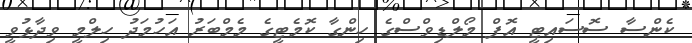
ކެންސާ ސޮސައިޓީ އޮފް މޯލްޑިވްސްގެ ހިންގާ ކޮމެޓީގެ މެމްބަރު އަހުމަދު ހިލްމީ ވިދާޅުވީ